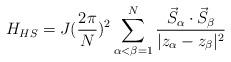
LaTeX: \begin{align*}H_{HS}=J(\frac{2\pi}{N})^{2} \sum_{\alpha<\beta=1}^{N}\frac{\vec{S}_{\alpha}\cdot \vec{S}_{\beta}}{|z_{\alpha}-z_{\beta}|^{2}}\end{align*}